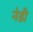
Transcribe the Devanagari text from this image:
नेडी